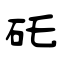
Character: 矺